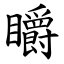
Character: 䂃